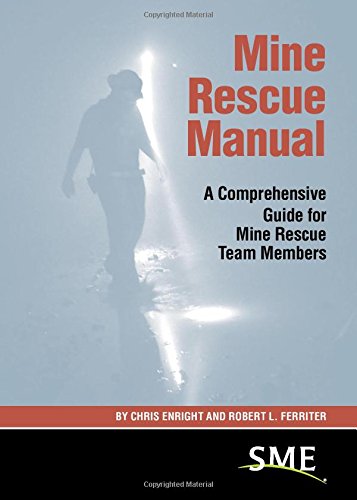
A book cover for Mine Rescue Manual: A Comprehensive Guide for Mine Rescue Team Members; Chris Enright; Science & Math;